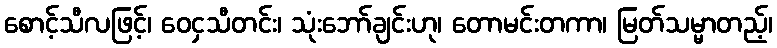
စောင့်သီလဖြင့်၊ ဝေငှသီတင်း၊ သုံးဘော်ချင်းဟု၊ တောမင်းတကာ၊ မြတ်သမ္မာတည့်၊